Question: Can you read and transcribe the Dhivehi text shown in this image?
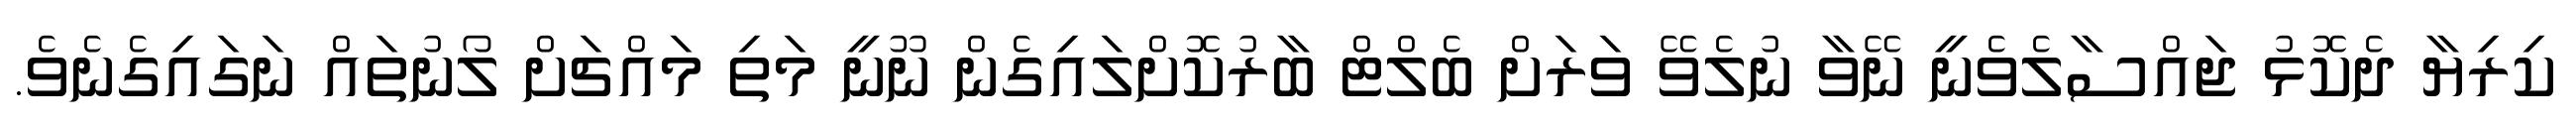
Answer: ކިރިޔާ ދެކޮޅު ޖައްސާލެވެނީ ނޭވާ ނުލެވޭ ވަރަށް ބެލްޓް ބާރުކޮށްލައިގެން ނޫނީ މަތި މައްޗަށް ލޯނުތައް ނަގައިގެނެވެ.